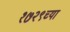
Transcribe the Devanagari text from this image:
१७२९च्या